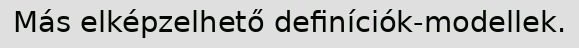
Más elképzelhető definíciók-modellek.